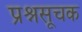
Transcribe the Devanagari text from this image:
प्रश्नसूचक